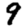
Digit: 9